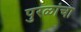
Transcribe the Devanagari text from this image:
पुरळांचा